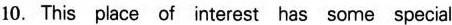
10. This place of interest has some special